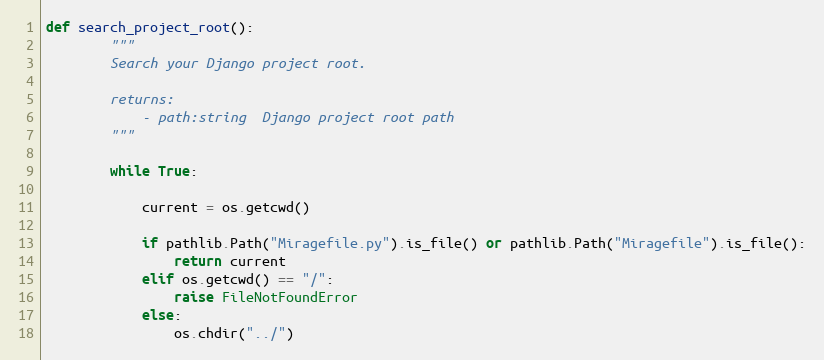
Language: Python
def search_project_root():
        """
        Search your Django project root.

        returns:
            - path:string  Django project root path
        """

        while True:

            current = os.getcwd()

            if pathlib.Path("Miragefile.py").is_file() or pathlib.Path("Miragefile").is_file():
                return current
            elif os.getcwd() == "/":
                raise FileNotFoundError
            else:
                os.chdir("../")